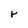
Character: r